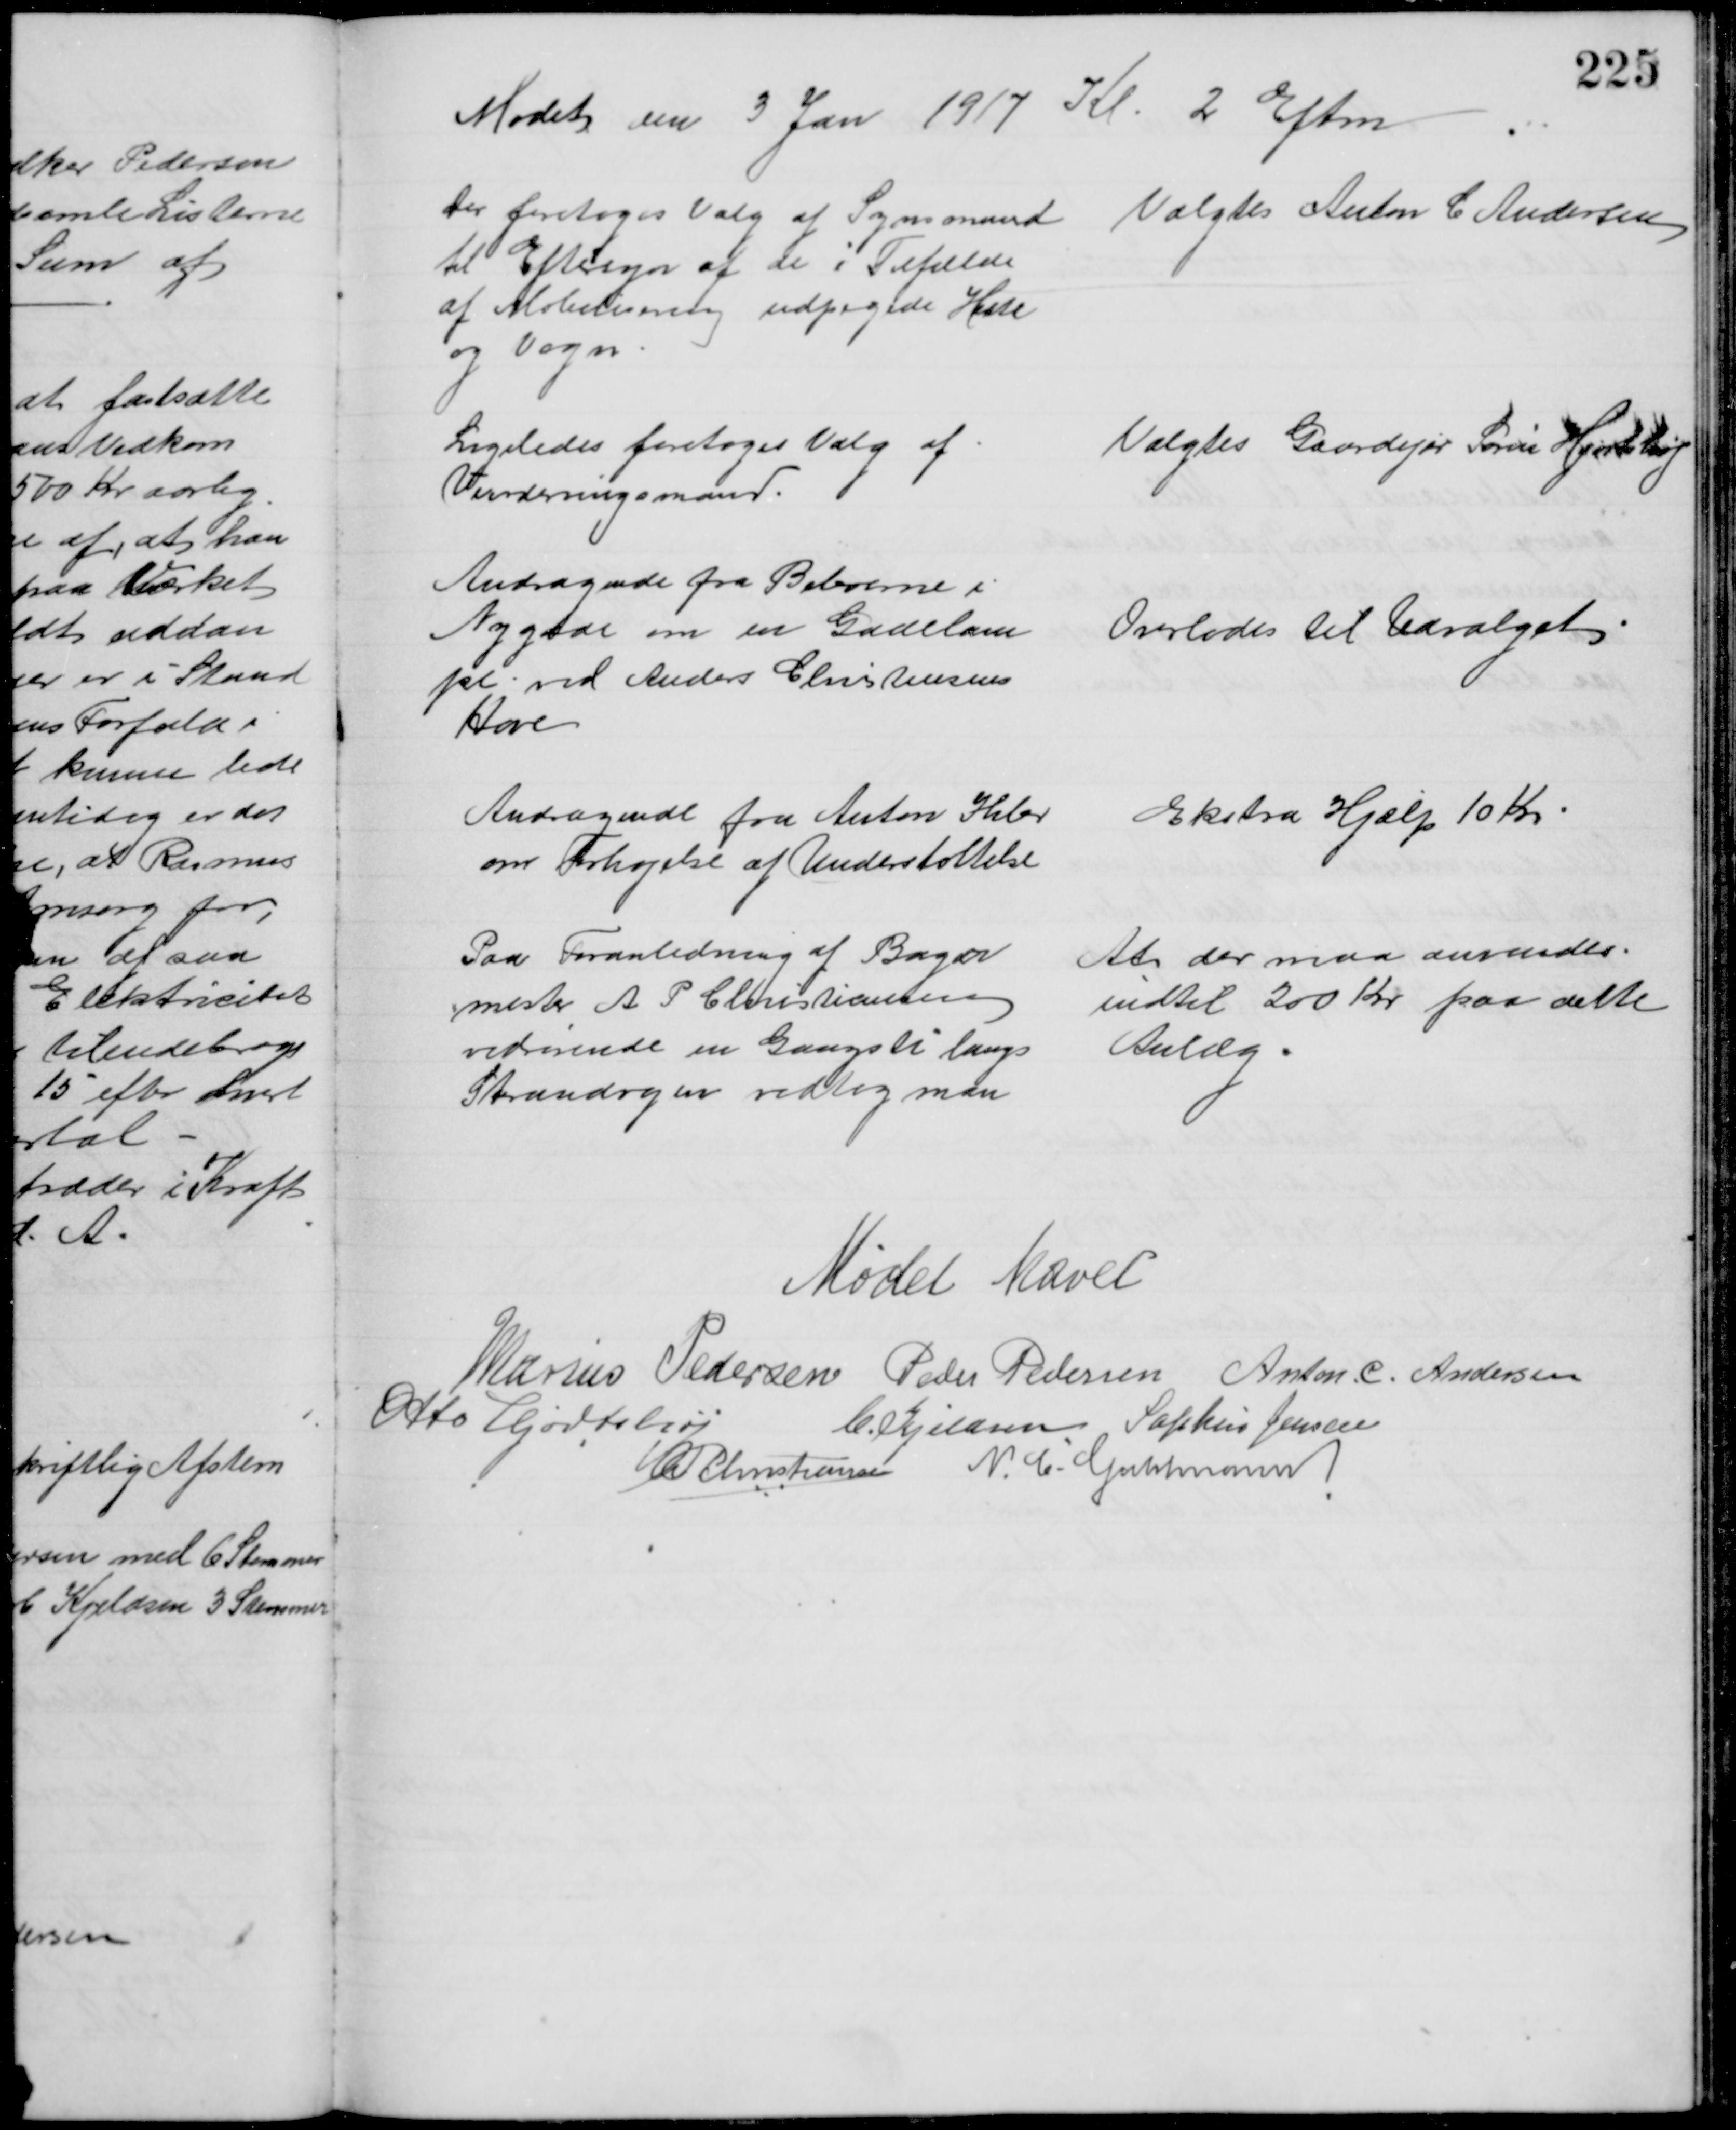
Transskription:
Mødet den 3 Jan 1917 Kl. 2 Eftm
Der foretoges Valg af Synsmand 
til Eftersyn af de i Tilfælde
af Mobilisering udpegede Heste
og Vogn
Valgtes Anton C Andersen
Ligeledes foretoges Valg af
Vurderingsmand
Valgtes Gaardejer Søren Hjortshøj
Andragende fra Beboerne i 
Nygade om en Gadelam
pe ved Anders Christensens
Have
Overlodes til Udvalget
Andragende fra Anton Ihler
om Forhøjelse af Understøttelse
Ekstra Hjælp 10 Kr
Paa Foranledning af Bager
mester A P Christiansen
vedrørende en Gangsti langs
Strandvejen vedtog man
At der maa anvendes
indtil 200 Kr paa dette 
Anlæg
Mødet hævet
Marius Pedersen Peder Pedersen Anton. C. Andersen
Otto Hjortshøj
C. Kjeldsen Sophus Jensen
A P Christiansen N. C. Guldmann